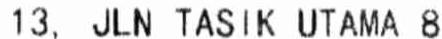
13, JLN TASIK UTAMA 8